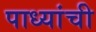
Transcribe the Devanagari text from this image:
पाध्यांची